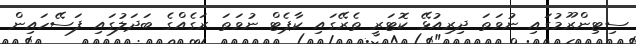
ސިޓިންރޫމުގައި ނުވަތަ ދިރިއުޅޭ ކޮޓަރީ ތެރޭގައި ކާޕެޓް ނުވަތަ ރަގެއްގެ ބަދަލުގައި ފަސޭހައިން